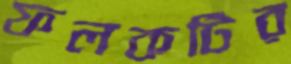
ফলকটির